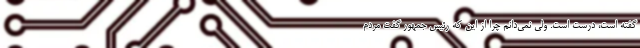
گفته است، درست است. ولی نمی‌دانم چرا از این که رئیس جمهور گفت مردم